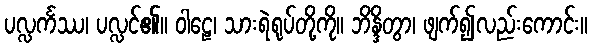
ပလ္လင်္ကဿ၊ ပလ္လင်၏။ ဝါဠေ၊ သားရဲရုပ်တို့ကို။ ဘိန္ဒိတွာ၊ ဖျက်၍လည်းကောင်း။